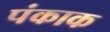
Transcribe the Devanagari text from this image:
पंकाक